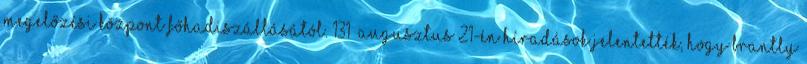
Megelőzési Központ főhadiszállásától. 131 Augusztus 21-én híradások jelentették, hogy Brantly